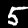
Digit: 5